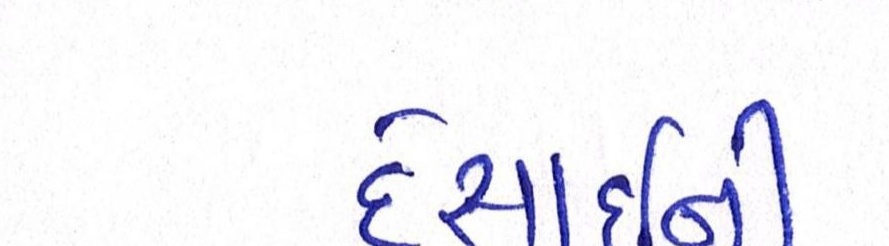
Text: દેસાઇની